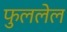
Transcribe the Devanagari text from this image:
फुललेल